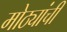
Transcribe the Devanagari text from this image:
मोठ्यांची